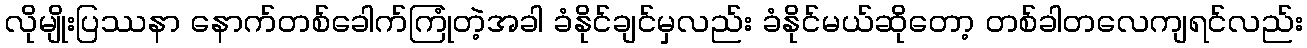
လိုမျိုးပြဿနာ နောက်တစ်ခေါက်ကြုံတဲ့အခါ ခံနိုင်ချင်မှလည်း ခံနိုင်မယ်ဆိုတော့ တစ်ခါတလေကျရင်လည်း